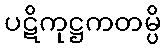
ပဋိကုဋ္ဌကတမ္ပိ